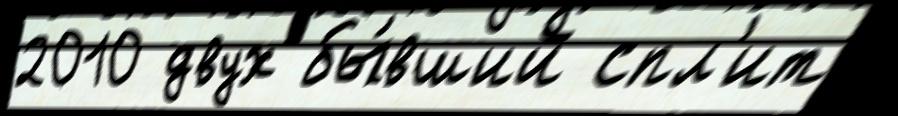
2010 двух бы́вший спл'ит